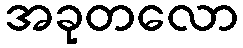
အခုတလော